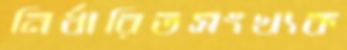
নির্ধারিতসংখ্যক